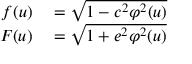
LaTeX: \begin{array} { r l } { f ( u ) } & { { } = { \sqrt { 1 - c ^ { 2 } \varphi ^ { 2 } ( u ) } } } \\ { F ( u ) } & { { } = { \sqrt { 1 + e ^ { 2 } \varphi ^ { 2 } ( u ) } } } \end{array}